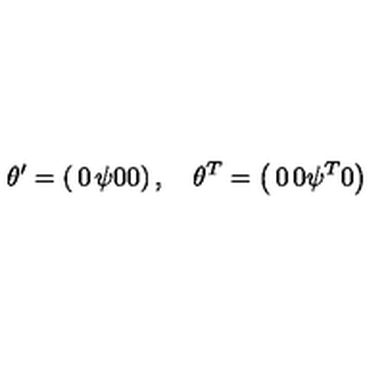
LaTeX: \theta ^ { \prime } = \left( \begin{matrix} { 0 } & { \psi } \\ { 0 } & { 0 } \\ \end{matrix} \right) , \quad \theta ^ { T } = \left( \begin{matrix} { 0 } & { 0 } \\ { \psi ^ { T } } & { 0 } \\ \end{matrix} \right)